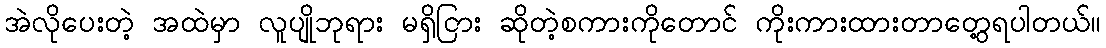
အဲလိုပေးတဲ့ အထဲမှာ လူပျိုဘုရား မရှိငြား ဆိုတဲ့စကားကိုတောင် ကိုးကားထားတာတွေ့ရပါတယ်။